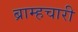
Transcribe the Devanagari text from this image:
ब्राम्हचारी